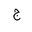
Letter: _gim